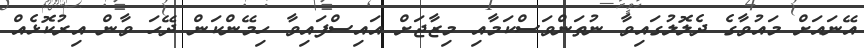
އޭނައަށް މައުވާގެ ދެލޮލުގައިވާ ނުތަންވަސްކަމާއި މިޒާޖަށް އައިސްފައިވާ ހިމޭންކަން ދޭހަ ވާން އިރުކޮޅެއް